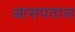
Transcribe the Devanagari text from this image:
आसपताल